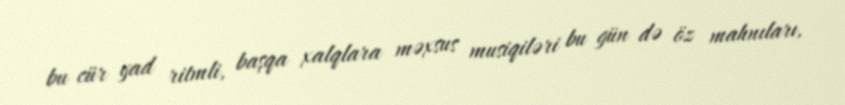
bu cür yad ritmli, başqa xalqlara məxsus musiqiləri bu gün də öz mahnıları,